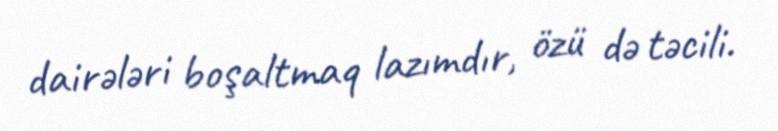
dairələri boşaltmaq lazımdır, özü də təcili.